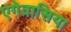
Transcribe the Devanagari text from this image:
एगेवासिया